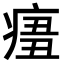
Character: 𤷨